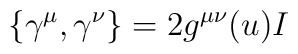
\left\{\gamma^{\mu},\gamma^{\nu}\right\}=2g^{\mu\nu}(u)I